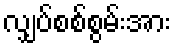
လျှပ်စစ်စွမ်းအား